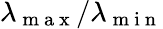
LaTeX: \lambda_{\mathrm{~m~a~x~}}/\lambda_{\mathrm{~m~i~n~}}